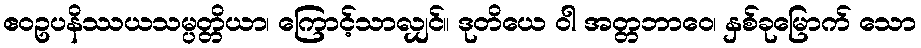
ဧဝဥပနိဿယသမ္ပတ္တိယာ၊ ကြောင့်သာလျှင်။ ဒုတိယေ ဝါ အတ္တဘာဝေ၊ နှစ်ခုမြောက် သော